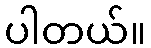
ပါတယ်။